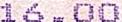
16.00